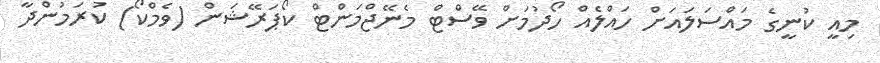
މިއީ ކުނީގެ މައްސަލައަށް ހައްލެއް ހޯދުމަށް ވޭސްޓް މެނޭޖްމަންޓް ކޯޕަރޭޝަން (ވެމްކޯ) ކުރަމުންދާ